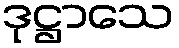
ဒုဋ္ဌာသေ